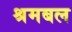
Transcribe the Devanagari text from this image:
श्रमबल